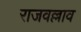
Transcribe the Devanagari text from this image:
राजवल्लाव